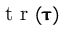
\textnormal { t r } ( \pmb { \uptau } )